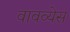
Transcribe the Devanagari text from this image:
वावव्येस